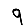
Digit: 9